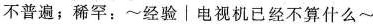
不普遍；稀罕：~经验│电视机已经不算什么~